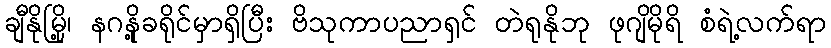
ချီနိုမြို့၊ နဂနို့ခရိုင်မှာရှိပြီး ဗိသုကာပညာရှင် တဲရုနိုဘု ဖုဂျိမိုရိ စံရဲ့လက်ရာ